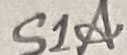
Text: S1A